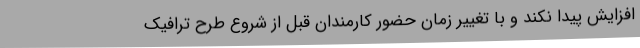
افزایش پیدا نکند و با تغییر زمان حضور کارمندان قبل از شروع طرح ترافیک